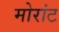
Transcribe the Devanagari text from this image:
मोरांट